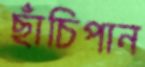
ছাঁচিপান